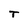
Character: T